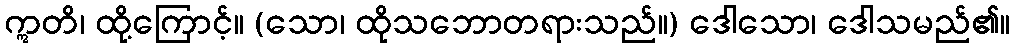
ဣတိ၊ ထို့ကြောင့်။ (သော၊ ထိုသဘောတရားသည်။) ဒေါသော၊ ဒေါသမည်၏။